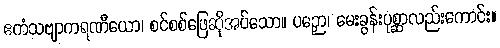
ဧကံသဗျာကရဏီယော၊ စင်စစ်ဖြေဆိုအပ်သော။ ပဉှော၊ မေးခွန်းပုစ္ဆာလည်းကောင်း။